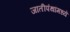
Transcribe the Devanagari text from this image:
जातीपंथांमध्ये